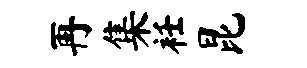
再集衽昆